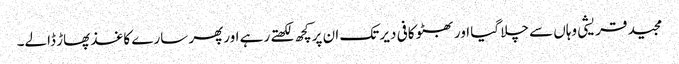
مجید قریشی وہاں سے چلا گیا اور بھٹو کافی دیر تک ان پرکچھ لکھتے رہے اورپھر سارے کاغذ پھاڑ ڈالے۔